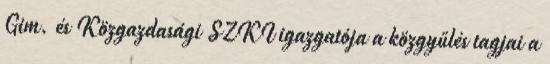
Gim. és Közgazdasági SZKI igazgatója a közgyűlés tagjai a